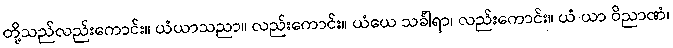
တို့သည်လည်းကောင်း။ ယံယာသညာ။ လည်းကောင်း။ ယံယေ သင်္ခါရာ၊ လည်းကောင်း။ ယံ ယာ ဝိညာဏံ၊